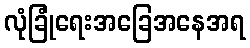
လုံခြုံရေးအခြေအနေအရ